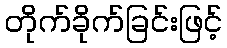
တိုက်ခိုက်ခြင်းဖြင့်